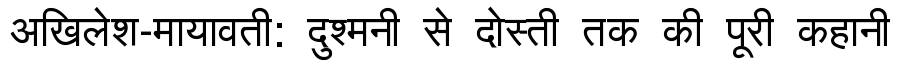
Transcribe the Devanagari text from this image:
अखिलेश-मायावती: दुश्मनी से दोस्ती तक की पूरी कहानी